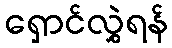
ရှောင်လွှဲရန်